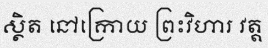
ស្ថិត នៅក្រោយ ព្រះវិហារ វត្ត